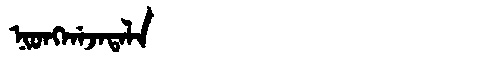
Manchu: ᠨᡳᠣᠩᡤᠠᠵᠠᡨᠠᠯᠠ
Romanization: NIONGGAJATALA